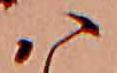
ハ